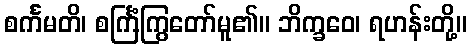
စင်္ကမတိ၊ စင်္ကြံကြွတော်မူ၏။ ဘိက္ခဝေ၊ ရဟန်းတို့။